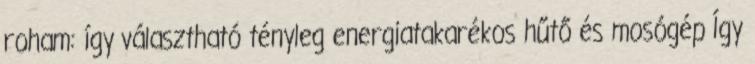
roham: így választható tényleg energiatakarékos hűtő és mosógép Így